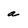
Character: a